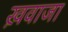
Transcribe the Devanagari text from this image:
ख़वाजा